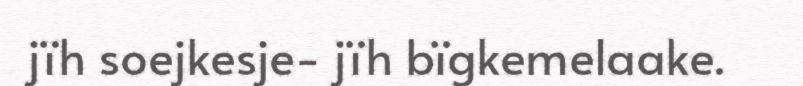
jïh soejkesje- jïh bïgkemelaake.